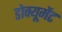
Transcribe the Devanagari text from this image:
डोक्यूमेंट